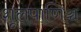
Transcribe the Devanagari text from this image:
शूलपाणिञ्च